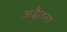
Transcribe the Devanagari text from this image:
अद्वैतता